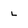
Character: L